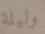
وليلة